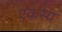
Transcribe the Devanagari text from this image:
एकस्य